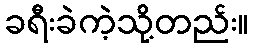
ခရီးခဲကဲ့သို့တည်း။